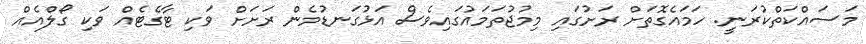
މަސައްކަތްކުރަނީ. ހަމައެގޮތަށް ރަށުގައި މިމުޖުތަމައުގައިވެސް އަޅުގަނޑުމެން ރަށަށް ވަކި ޓާގެޓެއް ވަކި ގޯލްއެއް